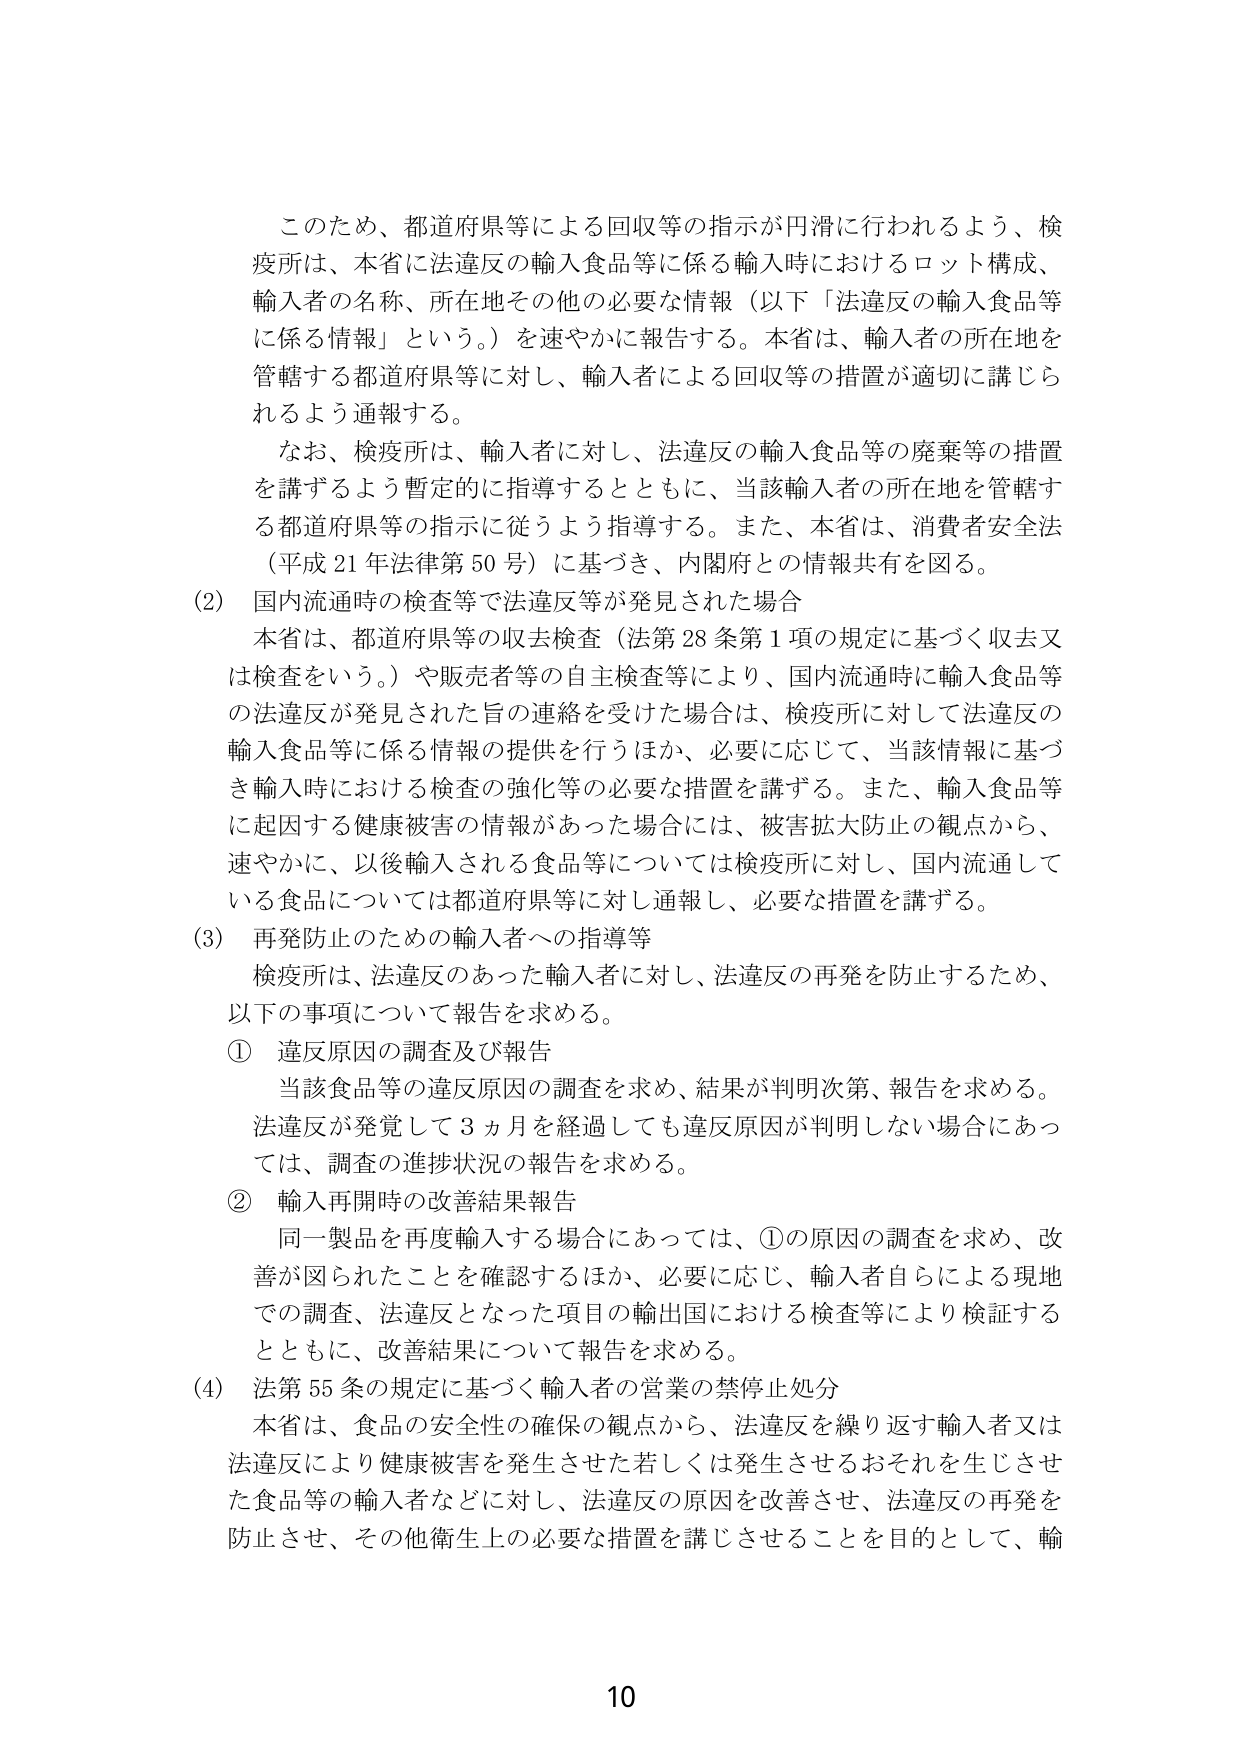
このため、都道府県等による回収等の指示が円滑に行われるよう、検疫所は、本省に法違反の輸入食品等に係る輸入時におけるロット構成、輸入者の名称、所在地その他の必要な情報（以下「法違反の輸入食品等に係る情報」という。）を速やかに報告する。本省は、輸入者の所在地を管轄する都道府県等に対し、輸入者による回収等の措置が適切に講じられるよう通報する。

なお、検疫所は、輸入者に対し、法違反の輸入食品等の廃棄等の措置を講ずるよう暫定的に指導するとともに、当該輸入者の所在地を管轄する都道府県等の指示に従うよう指導する。また、本省は、消費者安全法（平成21年法律第50号）に基づき、内閣府との情報共有を図る。

(2) 国内流通時の検査等で法違反等が発見された場合

本省は、都道府県等の収去検査（法第28条第1項の規定に基づく収去又は検査をいう。）や販売者等の自主検査等により、国内流通時に輸入食品等の法違反が発見された旨の連絡を受けた場合は、検疫所に対して法違反の輸入食品等に係る情報の提供を行うほか、必要に応じて、当該情報に基づき輸入時における検査の強化等の必要な措置を講ずる。また、輸入食品等に起因する健康被害の情報があった場合には、被害拡大防止の観点から、速やかに、以後輸入される食品等については検疫所に対し、国内流通している食品については都道府県等に対し通報し、必要な措置を講ずる。

(3) 再発防止のための輸入者への指導等

検疫所は、法違反のあった輸入者に対し、法違反の再発を防止するため、以下の事項について報告を求める。

① 違反原因の調査及び報告

当該食品等の違反原因の調査を求め、結果が判明次第、報告を求める。法違反が発覚して3ヵ月を経過しても違反原因が判明しない場合にあっては、調査の進捗状況の報告を求める。

② 輸入再開時の改善結果報告

同一製品を再度輸入する場合にあっては、①の原因の調査を求め、改善が図られたことを確認するほか、必要に応じ、輸入者自身による現地での調査、法違反となった項目の輸出国における検査等により検証するとともに、改善結果について報告を求める。

(4) 法第55条の規定に基づく輸入者の営業の禁停止処分

本省は、食品の安全性の確保の観点から、法違反を繰り返す輸入者又は法違反により健康被害を発生させた若しくは発生させるおそれを生じさせた食品等の輸入者などに対し、法違反の原因を改善させ、法違反の再発を防止させ、その他衛生上の必要な措置を講じさせることを目的として、輸

10